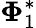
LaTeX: \mathbf{\Phi}_{1}^{*}